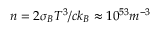
n = 2 \sigma _ { B } T ^ { 3 } / c k _ { B } \approx 1 0 ^ { 5 3 } m ^ { - 3 }